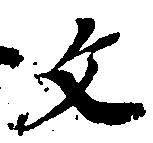
文